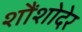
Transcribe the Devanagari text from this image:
शौंशोदेर